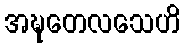
အဍ္ဎတေလသေဟိ